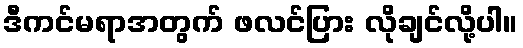
ဒီကင်မရာအတွက် ဖလင်ပြား လိုချင်လို့ပါ။